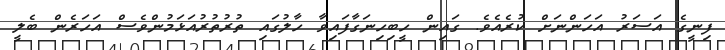
ފިނީގެ އަސަރު އަހަންނަށް ކުރެއެވެ. ގައިން ހީބިހިނަގާފައިވާ ހާލުގައި ތުރުތުރުއަޅަމުންވެސް އަހަރެން ބެލީ